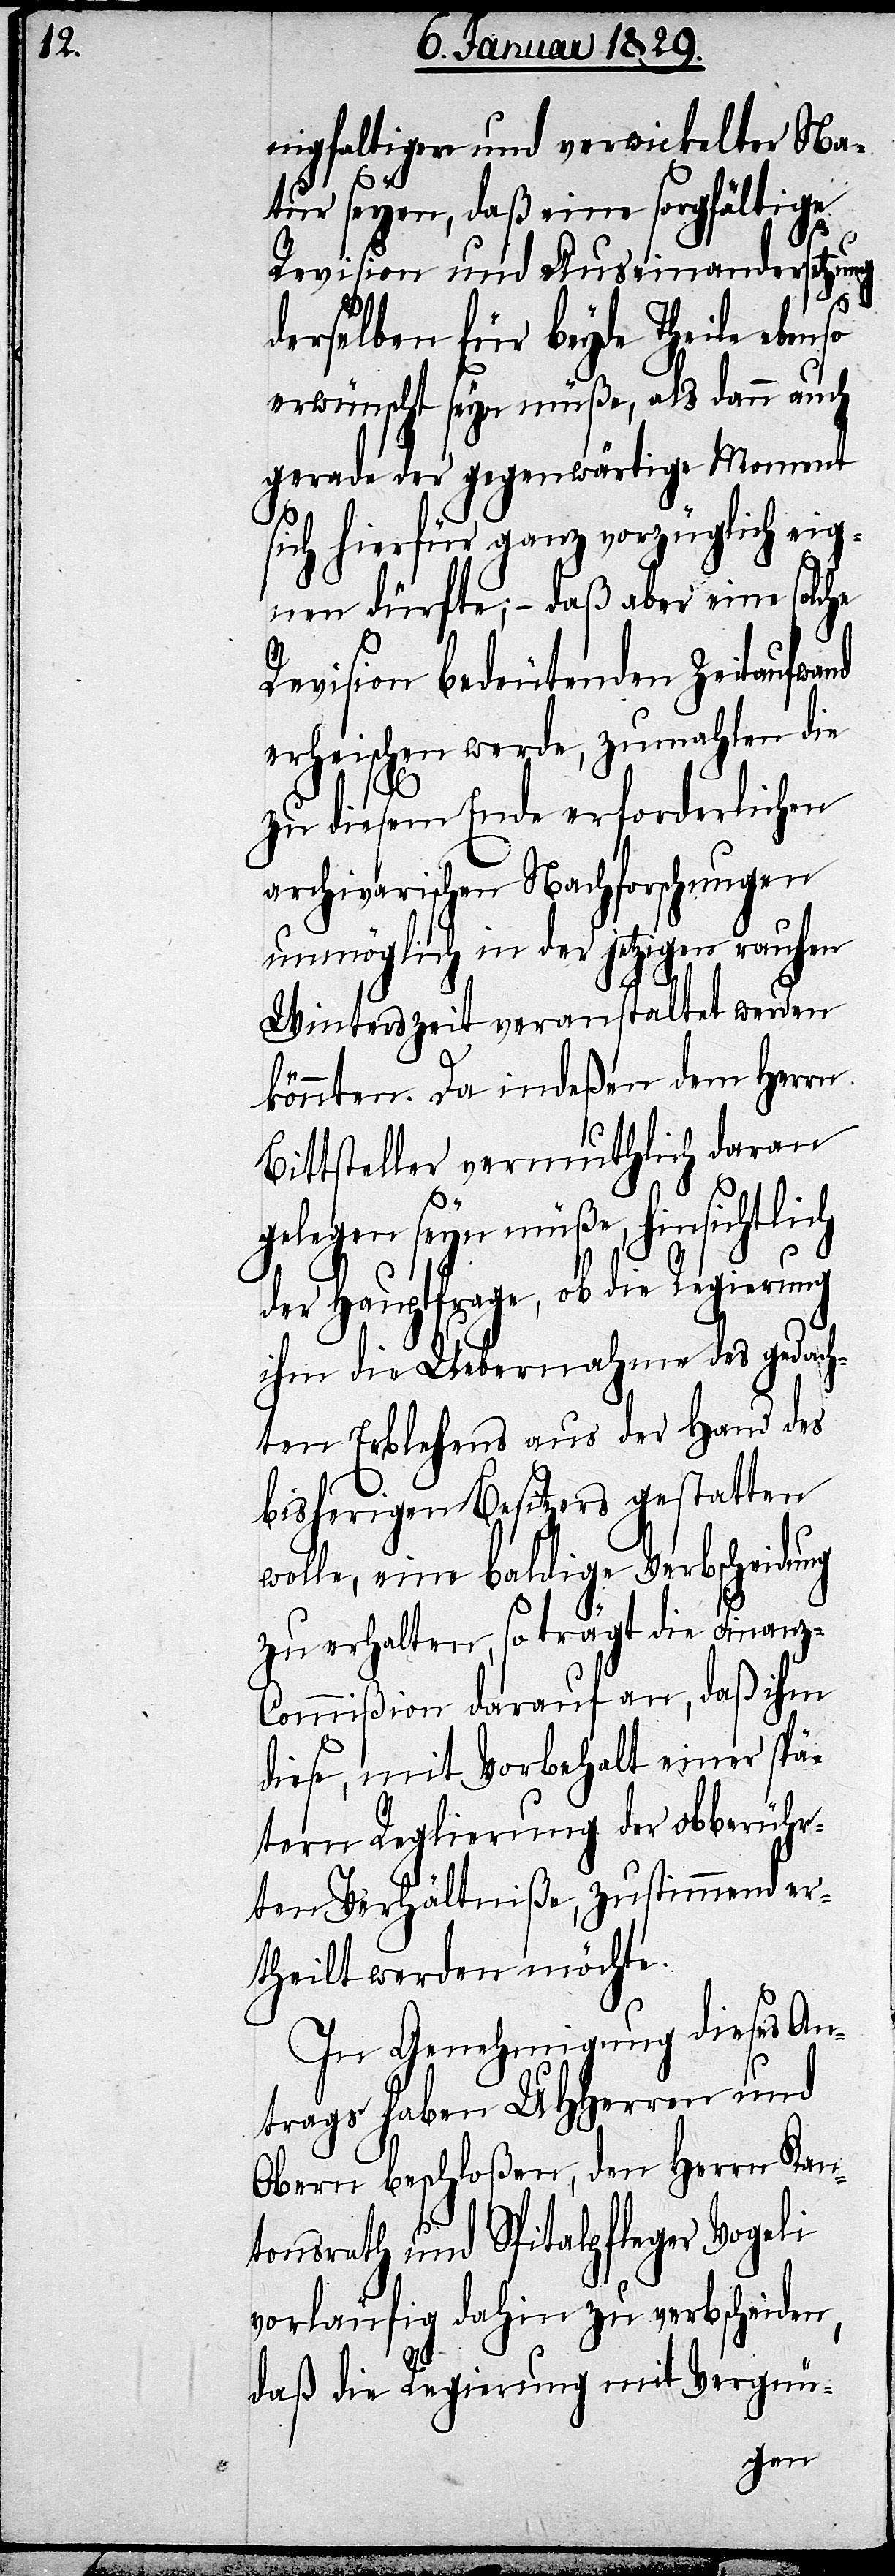
nigfaltiger und verwickelter Na¬
nso
tur seyen, daß eine sorgfältige
Revision und Auseinandersetzung
derselben für beyde Theile ebe¬
erwünscht seyn müße, als dann auch
gerade der gegenwärtige Moment
sich hierfür ganz vorzüglich eig¬
nen dürfte;– daß aber eine solche
Revision bedeutenden Zeitaufwand
erheischen werde, zumahlen die
zu diesem Ende erforderlichen
archivarischen Nachforschungen
unmöglich in der jetzigen rauhen
Winterszeit veranstaltet werden
könnten. Da indeßen dem Herrn
Bittsteller vermuthlich daran
gelegen seyn müße, hinsichtlich
der Hauptfrage, ob die Regierung
ihm die Uebernahme des gedach¬
ten Erblehens aus der Hand des
bisherigen Besitzers gestatten
wolle, eine baldige Verbscheidung
zu erhalten, so trägt die Finanz-C¬
ommißion darauf an, daß ihm
diese, mit Vorbehalt einer spä¬
tern Reglierung der obberühr¬
ten Verhältniße, zustimmend er¬
theilt werden möchte.
In Genehmigung dieses An¬
trags haben UHHerren und
Obern beschloßen, den Herrn Kan¬
tonsrath und Spitalpfleger Vogeli
vorläufig dahin zu verbscheiden,
daß die Regierung mit Vergnü-